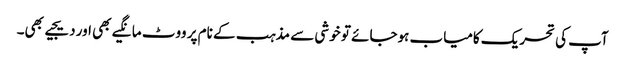
آپ کی تحریک کامیاب ہوجائے تو خوشی سے مذہب کے نام پر ووٹ مانگیے بھی اور دیجیے بھی۔